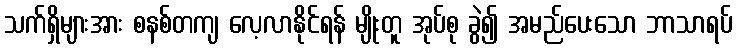
သက်ရှိများအား စနစ်တကျ လေ့လာနိုင်ရန် မျိုးတူ အုပ်စု ခွဲ၍ အမည်ပေးသော ဘာသာရပ်